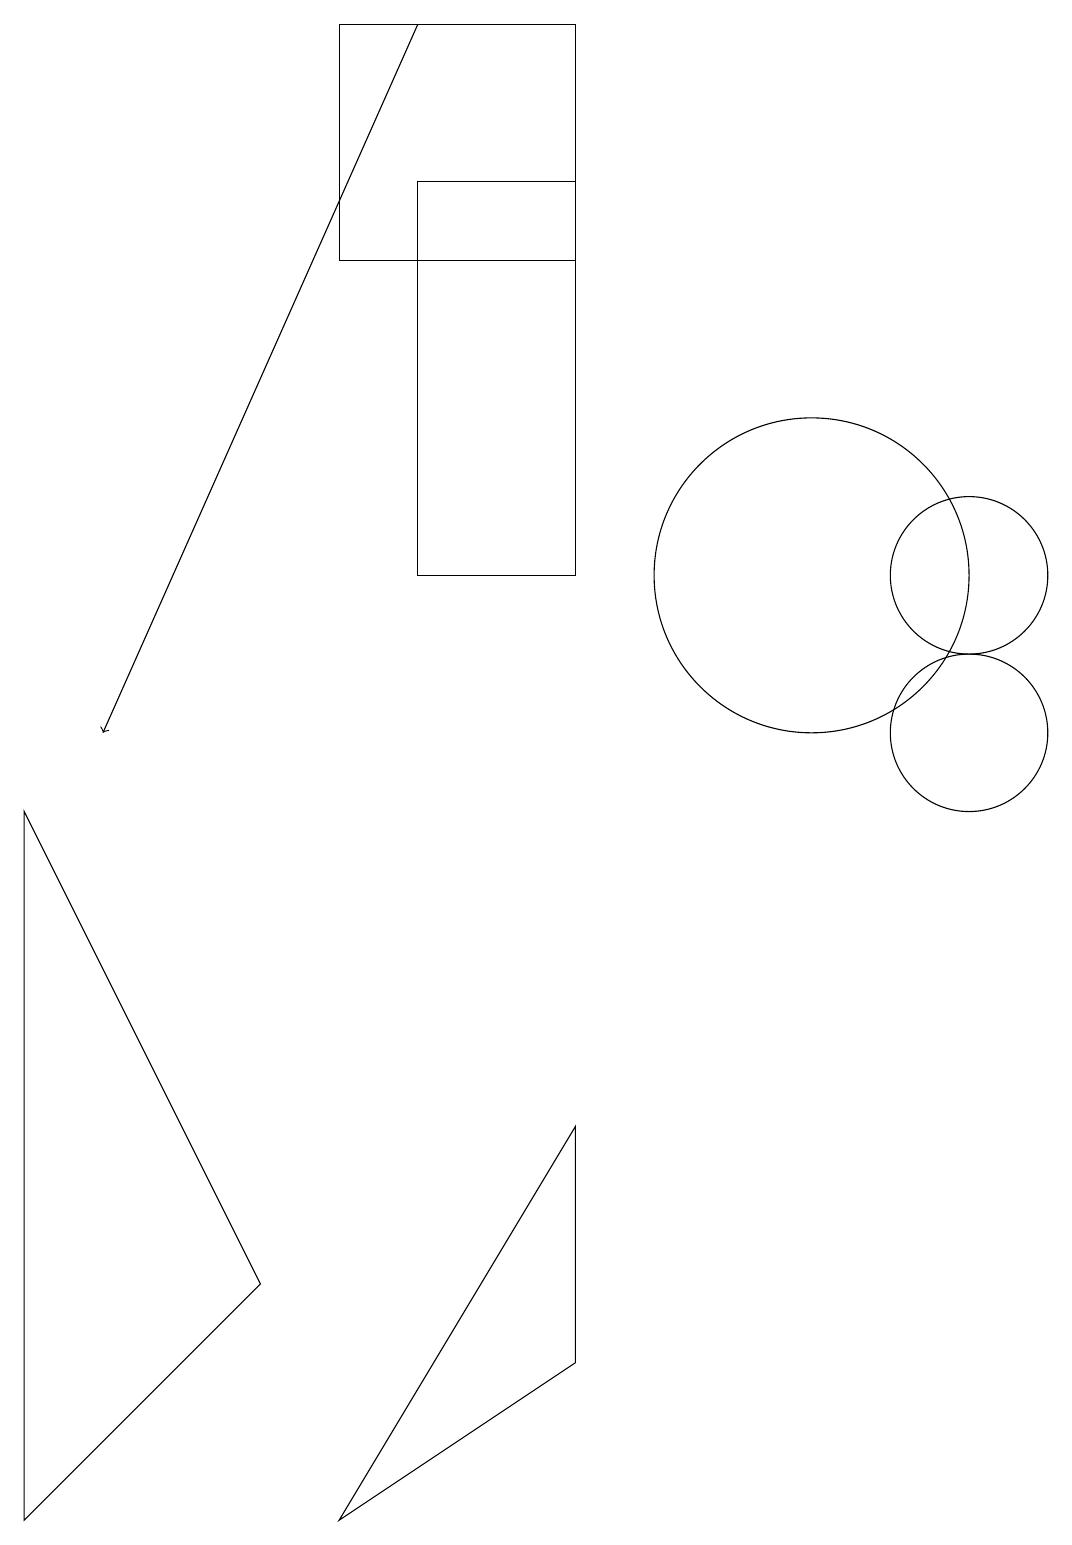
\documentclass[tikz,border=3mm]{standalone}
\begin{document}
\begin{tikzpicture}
\draw (10,12) circle (2);
\draw (12,12) circle (1);
\draw[->] (5,19) -- (1,10);
\draw (4,0) -- (7,2) -- (7,5) -- cycle;
\draw (12,10) circle (1);
\draw (0,9) -- (3,3) -- (0,0) -- cycle;
\draw (7,17) rectangle (5,12);
\draw (4,16) rectangle (7,19);
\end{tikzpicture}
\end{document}